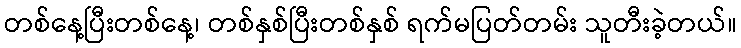
တစ်နေ့ပြီးတစ်နေ့၊ တစ်နှစ်ပြီးတစ်နှစ် ရက်မပြတ်တမ်း သူတီးခဲ့တယ်။